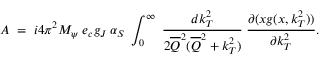
A \; = \; i 4 \pi ^ { 2 } M _ { \psi } \: e _ { c } g _ { J } \: \alpha _ { S } \; \int _ { 0 } ^ { \infty } \; \frac { d k _ { T } ^ { 2 } } { 2 \overline { { { Q } } } ^ { 2 } ( \overline { { { Q } } } ^ { 2 } + k _ { T } ^ { 2 } ) } \; \frac { \partial ( x g ( x , k _ { T } ^ { 2 } ) ) } { \partial k _ { T } ^ { 2 } } .